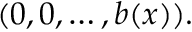
( 0 , 0 , \ldots , b ( x ) ) .